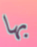
بها